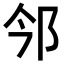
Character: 𨙽